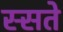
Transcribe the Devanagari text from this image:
स्सते